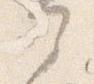
部